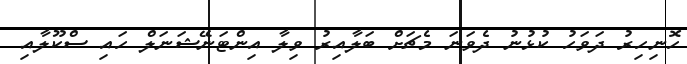
ހޮނިހިރު ދަވަހު ކުޅުނު ދެވަނަ މެޗަށް ބަލާއިރު ވިލާ އިންޓަނޭޝަނަލް ހައި ސްކޫލާއި